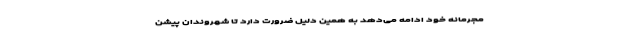
مجرمانه خود ادامه می‌دهد به همین دلیل ضرورت دارد تا شهروندان پیشن